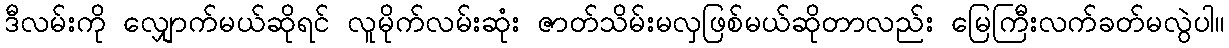
ဒီလမ်းကို လျှောက်မယ်ဆိုရင် လူမိုက်လမ်းဆုံး ဇာတ်သိမ်းမလှဖြစ်မယ်ဆိုတာလည်း မြေကြီးလက်ခတ်မလွဲပါ။